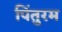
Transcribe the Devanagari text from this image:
पिंतुरम